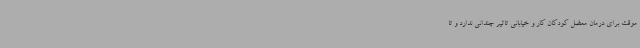
موقت برای درمان معضل کودکان کار و خیابانی تاثیر چندانی ندارد و تا